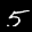
Label: 5